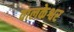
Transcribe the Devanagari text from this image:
वालकेश्वर